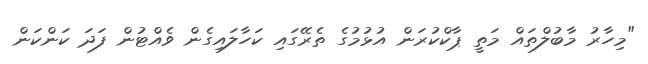
"މިހާރު މާބުލްތައް މަތީ ޕާކްކުރަން އުޅުމުގެ ތެރޭގައި ކަހާލައިގެން ވެއްޓުން ފަދަ ކަންކަން